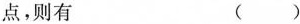
点，则有 ( )